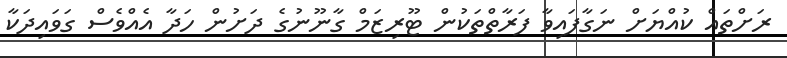
ރަށްތައް ކުއްޔަށް ނަގާފައިވާ ފަރާތްތަކުން ޓޫރިޒަމް ގާނޫނުގެ ދަށުން ހަދާ އެއްވެސް ގަވައިދަކާ